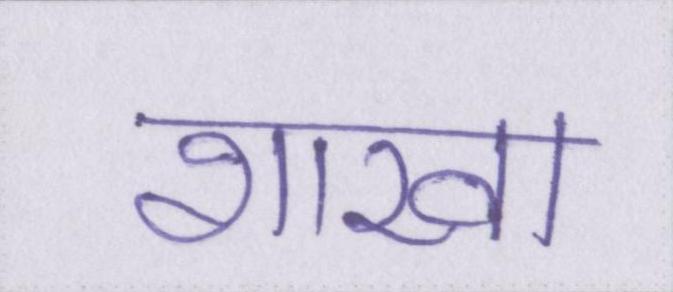
शाखा